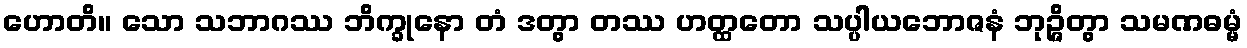
ဟောတိ။ သော သဘာဂဿ ဘိက္ခုနော တံ ဒတွာ တဿ ဟတ္ထတော သပ္ပါယဘောဇနံ ဘုဉ္ဇိတွာ သမဏဓမ္မံ